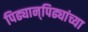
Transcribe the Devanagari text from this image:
पिढ्यान्‌पिढ्यांच्या